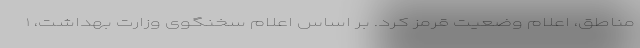
مناطق، اعلام وضعیت قرمز کرد. بر اساس اعلام سخنگوی وزارت بهداشت، ۱